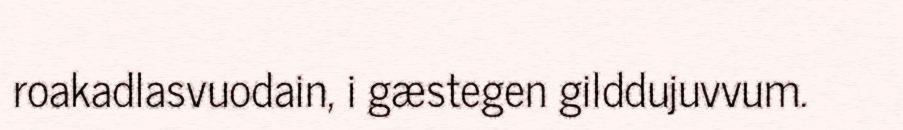
roakadlasvuodain, i gæstegen gilddujuvvum.